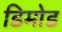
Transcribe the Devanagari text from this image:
डिमोड